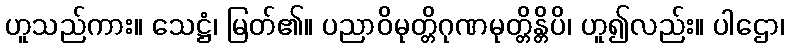
ဟူသည်ကား။ သေဋ္ဌံ၊ မြတ်၏။ ပညာဝိမုတ္တိဂုဏမုတ္တိန္တိပိ၊ ဟူ၍လည်း။ ပါဌော၊